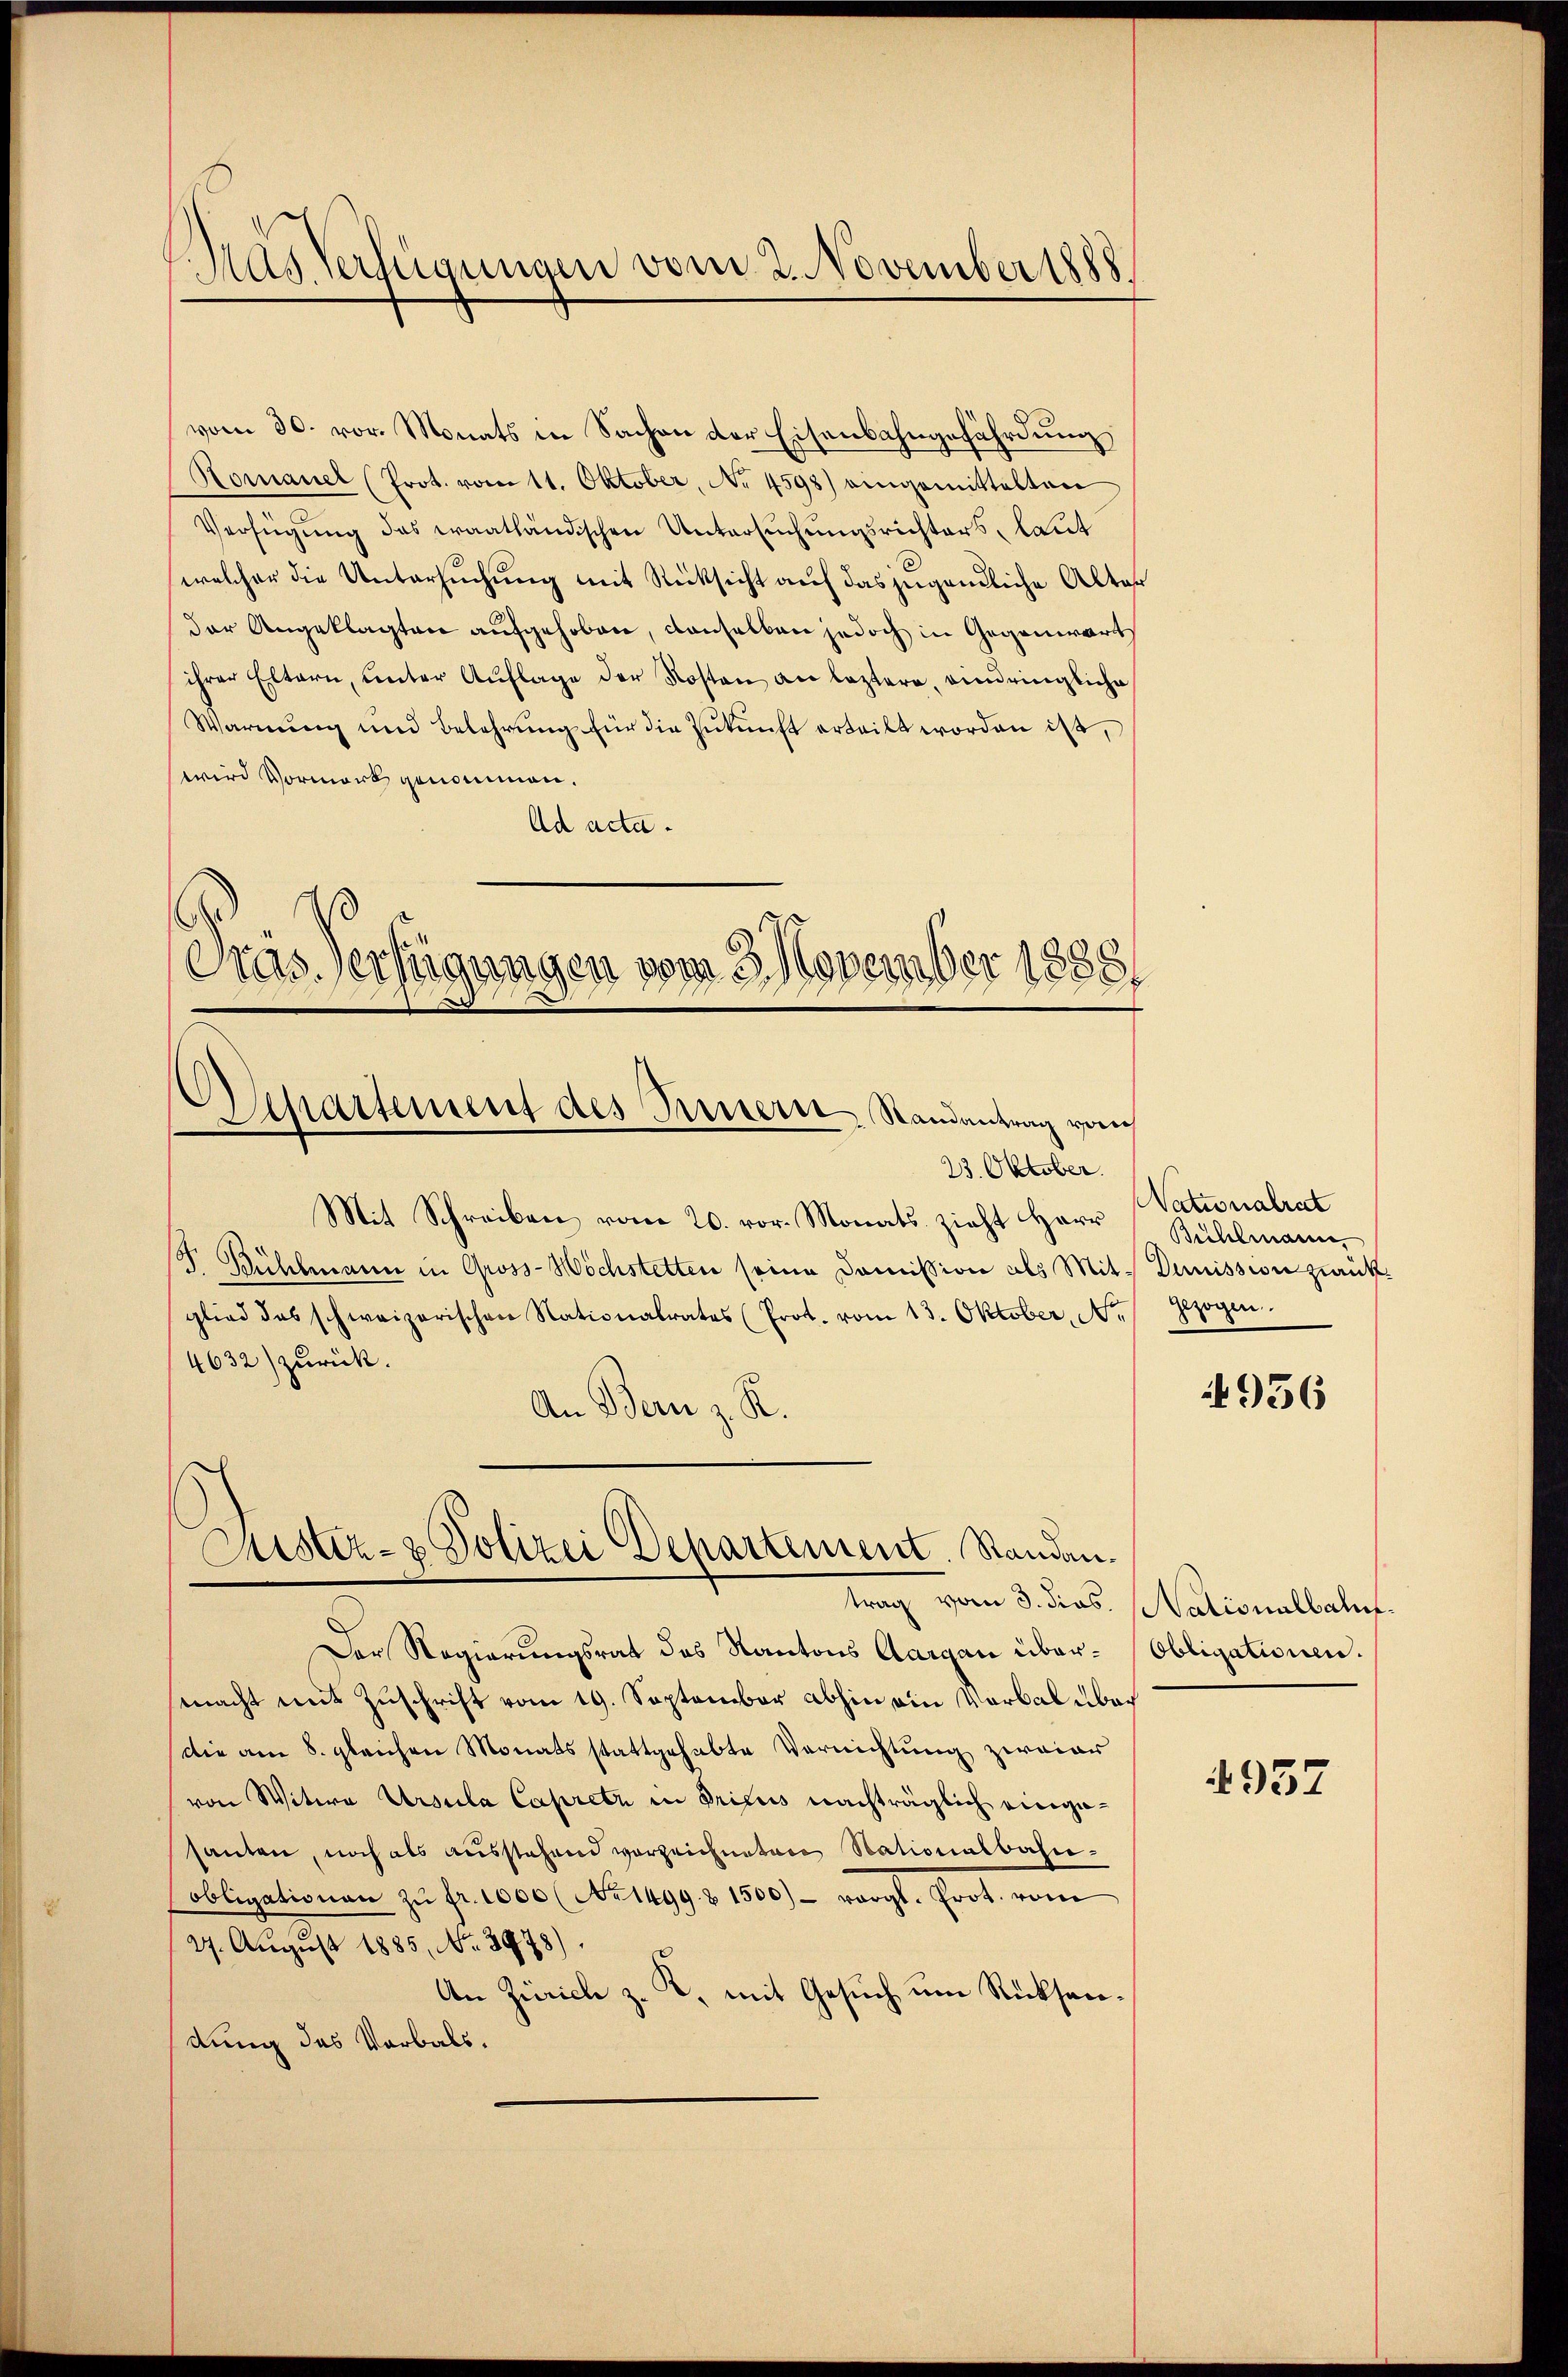
Gras Verfügungen vom 2. November 1888.

vom 30. vor. Monats in Sachen der Eisenbahngefährdung,
Komanel (Prot. vom 11. Oktober, No 4598) eingemittelten
Verfügung das waathändischen Untersuchungsrichters, laut
welcher die Untersuchung mit Rücksicht auf das jugendliche Alter
der Angeklagten aufgehoben, denselben jedoch in Gegenwärts
ihrer Eltern, unter Aŭflage der Kosten an leztere, eindringliche
Warnung und Belehrung für die Zukunft erteilt worden ist,
wird Vormark genommen.
Ad acta.
Das Verfügungen vom November 1888.

Departement des Innern, Randantrag von

Justiz- & Polizei Departement. Standan¬

23. Oktober.
Mit Schreiben vom 20. vor. Monats zieht Herr
. Bühlmann in Gross-Höchstetten seine Comission als Mit- Dimission zurückglied des schweizerischen Nationalrates (Prot. vom 13. Oktober, N. gezogen.
4632) zurück.
An Bern z. R.

trag vom 3. dies. Nationalbahn.
Der Regierungsrat des Kantons Aargau über-Obligationen.
macht mit Zuschrift vom 19. September abhin ein Verbal über
Die am 8. gleichen Monats stattgehabte Vernichtung zweier
von Witwe Ursula Capritz in Pricus nachträglich eingesanten, noch als ausstehend vorzeichneten Nationalbahn-
(obligationen zŭ fr. 1000 (No 1499. & 1500) - vergl. Prot. vom
27. August 1885, No. 3978).
An Zürich z. K. mit Gesuch um Rücksendung des Verbals.

Nationalrat
Bühlmann,

4956

4957